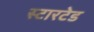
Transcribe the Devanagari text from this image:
स्टारटेड